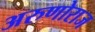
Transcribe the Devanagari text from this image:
अरुणोराज